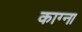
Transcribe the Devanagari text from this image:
काग्ना